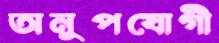
অনুপযোগী